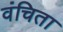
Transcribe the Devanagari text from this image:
वंचिता